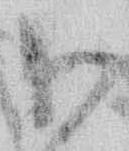
御